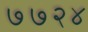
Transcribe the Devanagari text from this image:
७७२४